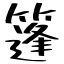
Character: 篷